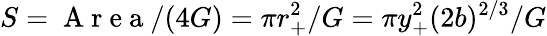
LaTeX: S=\mathrm{~A~r~e~a~}/(4G)=\pi r_{+}^{2}/G=\pi y_{+}^{2}(2b)^{2/3}/G